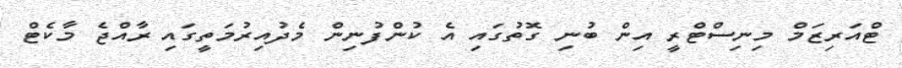
ޓްއަރިޒަމް މިނިސްޓްރީ އިން ބުނި ގޮތުގައި އެ ކުންފުނިން މެދުއިރުމަތީގައި ރާއްޖެ މާކެޓް